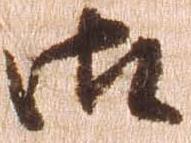
御